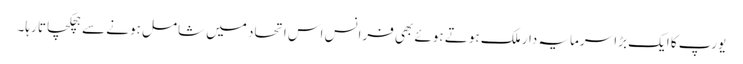
یورپ کا ایک بڑا سرمایہ دار ملک ہوتے ہوئے بھی فرانس اس اتحاد میں شامل ہونے سے ہچکچاتا رہا۔